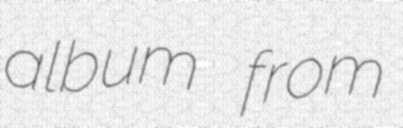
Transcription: album from